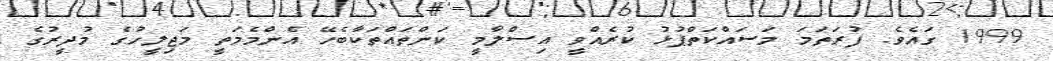
1999 ގައެވެ. ފުރަތަމަ މަސައްކަތްޕުޅު ކުރެއްވީ އިސްލާމީ ކަންތައްތަކާބެހޭ އެންމެމަތީ މަޖިލީހުގެ މުދީރުގެ